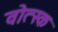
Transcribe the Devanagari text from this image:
वोत्स्क